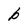
Character: b